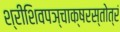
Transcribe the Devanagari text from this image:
श्रीशिवपञ्चाक्षरस्तोत्रं